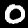
Label: 0